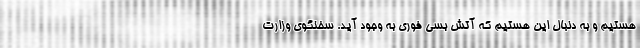
هستیم و به دنبال این هستیم که آتش بسی فوری به وجود آید. سخنگوی وزارت